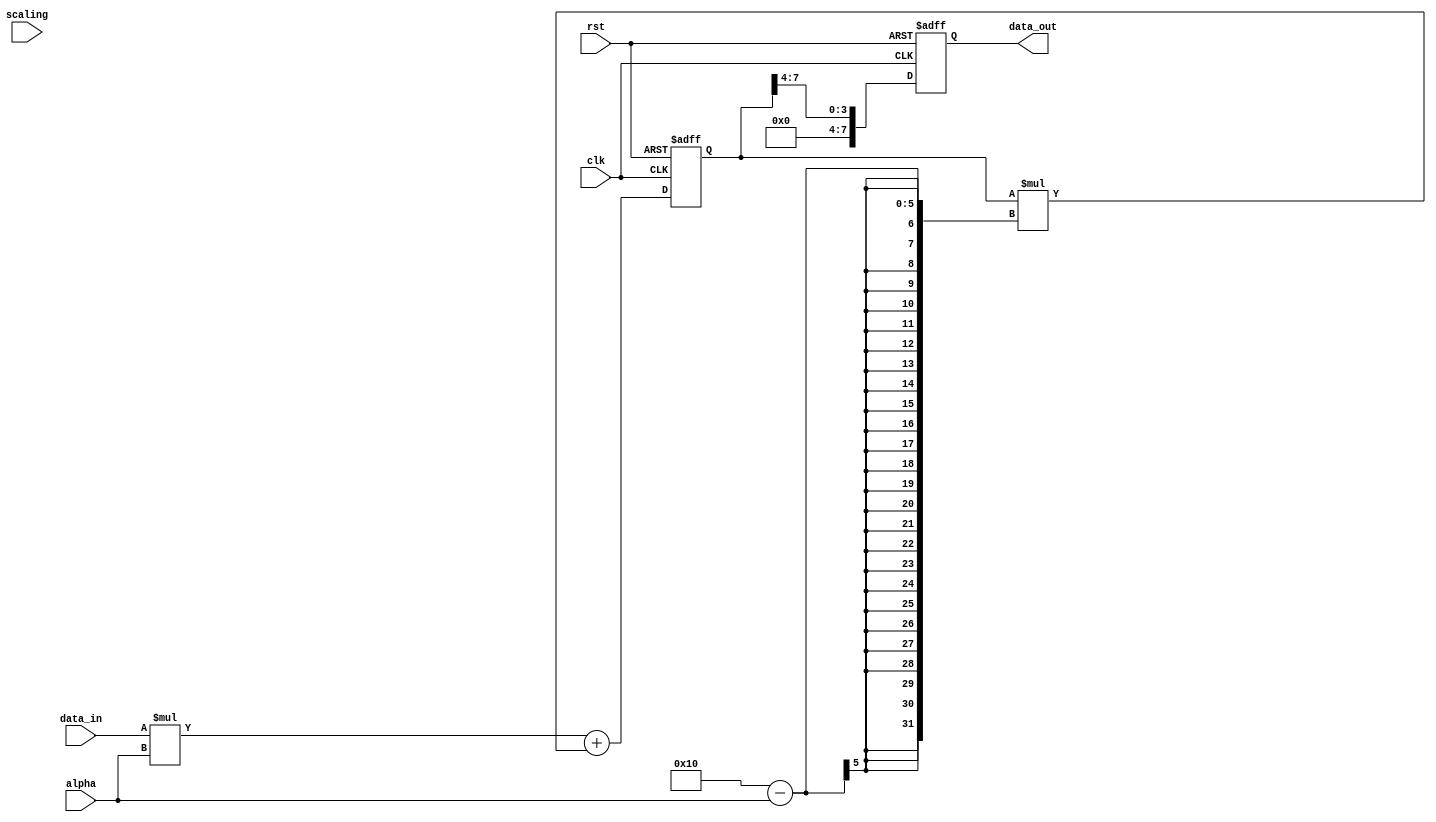
module ExpMovingAvgAccumulator (
  input wire clk,
  input wire rst,
  input wire [DATA_WIDTH-1:0] data_in,
  input wire [WEIGHTING_WIDTH-1:0] alpha,
  input wire [SCALING_WIDTH-1:0] scaling,
  output reg [DATA_WIDTH-1:0] data_out
);

parameter DATA_WIDTH = 8;
parameter WEIGHTING_WIDTH = 4;
parameter SCALING_WIDTH = 4;

reg [DATA_WIDTH-1:0] sum;
reg [DATA_WIDTH-1:0] avg;

always @(posedge clk or posedge rst) begin
  if (rst) begin
    sum <= 0;
    avg <= 0;
  end else begin
    sum <= (data_in * alpha) + (sum * (2**WEIGHTING_WIDTH - alpha));
    avg <= sum >> SCALING_WIDTH;
  end
end

assign data_out = avg;

endmodule